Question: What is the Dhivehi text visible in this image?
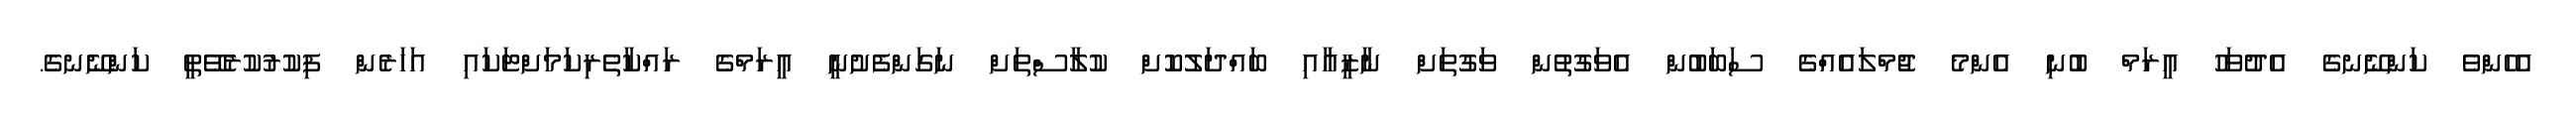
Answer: އެހެންވެ ކަންނޭނގެ އެދުވަހު އީރަމް ބުނި އެންމެ ޖުމްލައެއްގެ ސަބަބުން އެވަގުތުން ވަގުތަށް ނާޒީއާއި ބައްދަލުކޮށް ކުލާސްތަށް ނަގަންފެށުނީ އީރަމްގެ ރައްކާތެރިކަމަށްޓަކައި އަހަރެން ފިކުރުކުރެވޭތީ ކަންނޭނގެ.